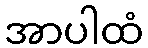
အာပါထံ